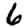
Digit: 6